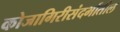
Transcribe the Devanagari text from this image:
कोजागिरीसंदर्भातील